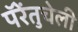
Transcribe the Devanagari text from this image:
पॅरेंतुचेली